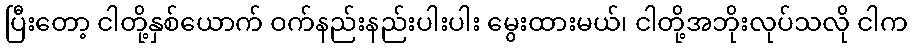
ပြီးတော့ ငါတို့နှစ်ယောက် ဝက်နည်းနည်းပါးပါး မွေးထားမယ်၊ ငါတို့အဘိုးလုပ်သလို ငါက